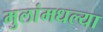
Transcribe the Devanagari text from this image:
मुलांमधल्या